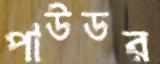
পাউডর